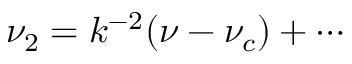
\nu _ { 2 } = k ^ { - 2 } ( \nu - \nu _ { c } ) + \cdots